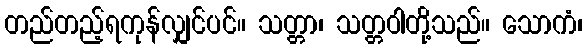
တည်တည့်ရကုန်လျှင်ပင်။ သတ္တာ၊ သတ္တဝါတို့သည်။ သောကံ၊